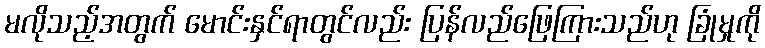
မလိုသည့်အတွက် မောင်းနှင်ရာတွင်လည်း ပြန်လည်ဖြေကြားသည်ဟု ခြုံမှုကို